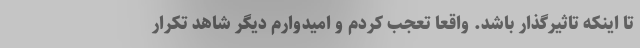
تا اینکه تاثیرگذار باشد. واقعا تعجب کردم و امیدوارم دیگر شاهد تکرار